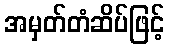
အမှတ်တံဆိပ်ဖြင့်